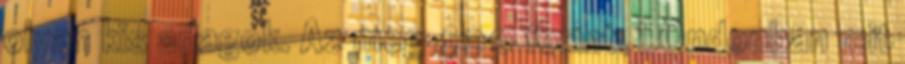
olyan kis adagok. Az meg 400 forint. LOndonban mit